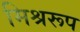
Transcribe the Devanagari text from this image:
मिश्ररूप